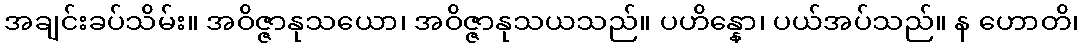
အချင်းခပ်သိမ်း။ အဝိဇ္ဇာနုသယော၊ အဝိဇ္ဇာနုသယသည်။ ပဟိန္နော၊ ပယ်အပ်သည်။ န ဟောတိ၊